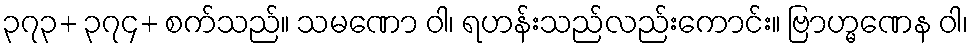
၃၇၃+ ၃၇၄+ စက်သည်။ သမဏော ဝါ၊ ရဟန်းသည်လည်းကောင်း။ ဗြာဟ္မဏေန ဝါ၊